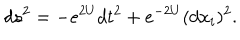
d s ^ { 2 } = - e ^ { 2 U } d t ^ { 2 } + e ^ { - 2 U } ( d x _ { i } ) ^ { 2 } .